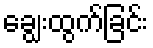
ချွေးထွက်ခြင်း